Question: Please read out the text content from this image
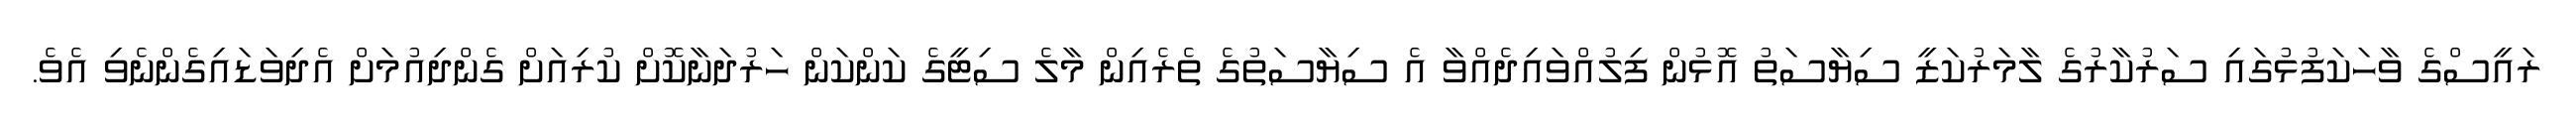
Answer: ރައީސްގެ ވާހަކަފުޅުގައި ސަރުކާރުގެ ލާމަރުކަޒީ ސިޔާސަތު އޮޅުން ފިލުއްވައިދެއްވާ އެ ސިޔާސަތުގެ ތެރެއިން މާލެ ސިޓީގެ ކަންކަން ހަރުދަނާކޮށް ކުރިއަށް ގެންދިއުމަށް އެދިވަޑައިގެންނެވި އެވެ.